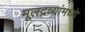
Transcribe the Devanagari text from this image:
मूलद्रव्यांमध्ये